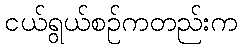
ငယ်ရွယ်စဉ်ကတည်းက